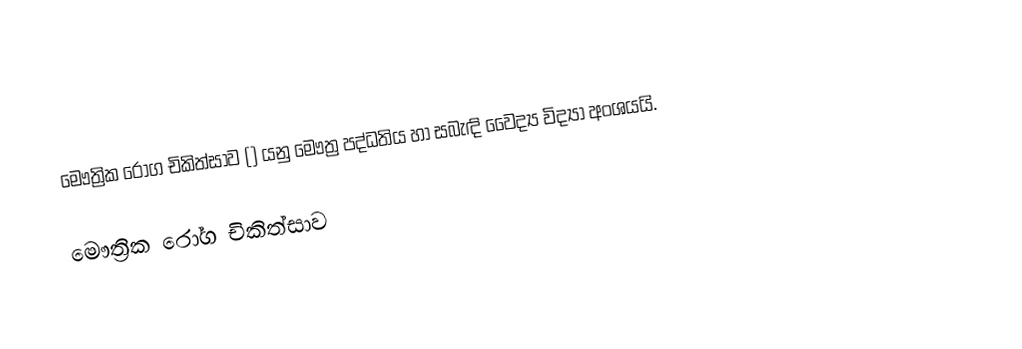
මෞත්‍රික රෝග චිකිත්සාව () යනු මෞත්‍ර පද්ධතිය හා සබැඳි වෛද්‍ය විද්‍යා අංශයයි.

මෞත්‍රික රෝග චිකිත්සාව